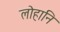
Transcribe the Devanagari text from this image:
लोहानि